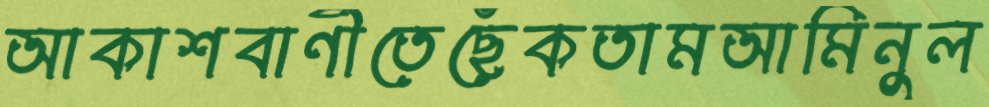
আকাশবাণীতেছেঁকতামআমিনুল